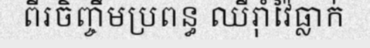
ពីរចិញ្ចឹមប្រពន្ធ ឈឺរ៉ាំវ៉ៃធ្លាក់